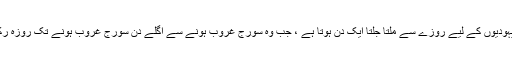
یومِ سبت یہودیوں کے لیے روزے سے ملتا جلتا ایک دن ہوتا ہے ، جب وہ سورج غروب ہونے سے اگلے دن سورج غروب ہونے تک روزہ رکھتے ہیں۔